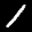
Label: 1